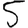
Digit: 5